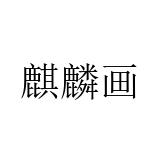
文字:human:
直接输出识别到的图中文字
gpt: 麒麟画